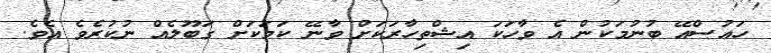
ހައުސްއޭ ބުނުމަކުން އެ ވާހަކަ އިޝްތިހާރަކަށް ވާނޭ ކަމަކަށް ގަބޫލެއް ނުކުރެވެ އެވެ.